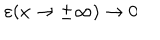
\varepsilon ( x \rightarrow \pm \infty ) \rightarrow 0